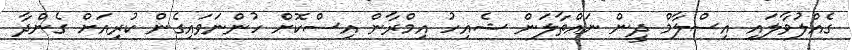
ގެއްލުވާލައި އިސްލާމް ދީން ނައްތާލަން ޝެއިހު އިމްރާން އިސްކޮށް ހުންނަވައިގެން ކުރިއަށް ގެންދާ